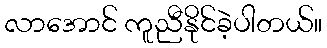
လာအောင် ကူညီနိုင်ခဲ့ပါတယ်။